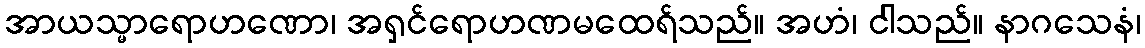
အာယသ္မာရောဟဏော၊ အရှင်ရောဟဏမထေရ်သည်။ အဟံ၊ ငါသည်။ နာဂသေနံ၊